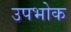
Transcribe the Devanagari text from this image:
उपभोक